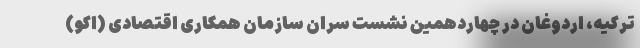
ترکیه، اردوغان در چهاردهمین نشست سران سازمان همکاری‌ اقتصادی (اِکو)